Mental hospitals Bombay report 1921-28 - 1921-1928
Year: 1921
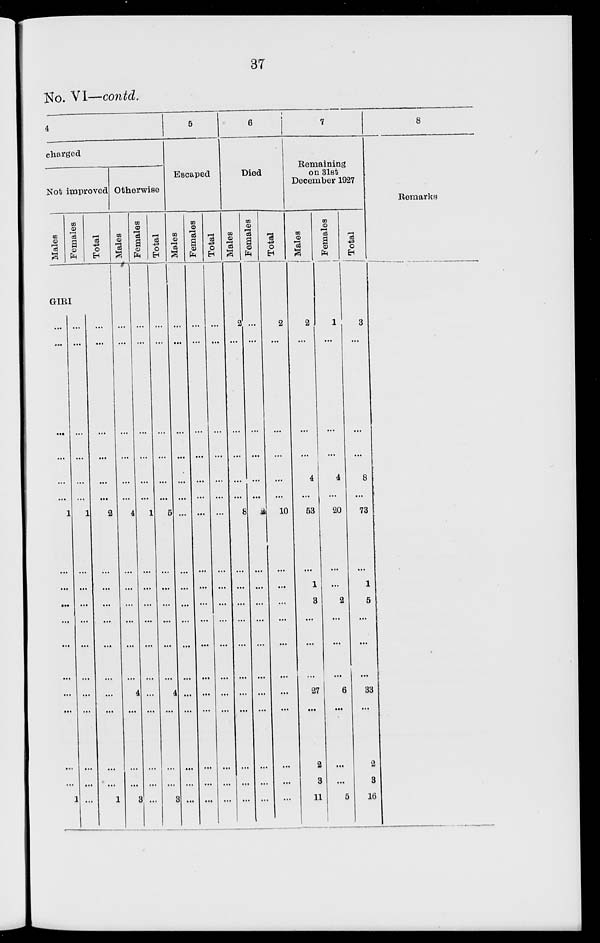
37
No. VI—contd.
4
charged
Not improved
Males
Females
Total
GIRI
...
...
...
...
...
...
1
...
...
...
...
...
...
...
...
...
...
1
...
...
...
...
...
...
1
...
...
...
...
...
...
...
...
...
...
...
...
...
...
...
...
...
2
...
...
...
...
...
...
...
...
...
...
1
Otherwise
Males
...
...
...
...
...
...
4
...
...
...
...
...
...
4
...
...
...
3
Females
...
...
...
...
...
...
1
...
...
...
...
...
...
...
...
...
...
...
Total
...
...
...
...
...
...
5
...
...
...
...
...
...
4
...
...
...
3
5
Escaped
Males
...
...
....
...
...
...
...
...
...
...
...
...
...
...
...
...
...
...
Females
...
...
...
...
...
...
...
...
...
...
...
...
...
...
...
...
...
...
Total
...
...
...
...
...
...
...
...
...
...
...
...
...
...
...
...
...
...
6
Died
Males
2
...
...
...
...
...
8
...
...
...
...
...
...
...
...
...
...
...
Females
...
...
...
...
...
...
2
...
...
...
...
...
...
...
...
...
...
...
Total
2
...
...
...
...
...
10
...
...
...
...
...
...
...
...
...
...
...
7
Remaining
on 31st
December 1927
Males
2
...
...
...
4
...
53
...
1
3
...
...
...
27
...
2
3
11
Females
1
...
...
...
4
...
20
...
...
2
...
...
...
6
...
...
...
5
Total
3
...
...
...
8
...
73
...
1
5
...
...
...
33
...
2
3
16
8
Remarks